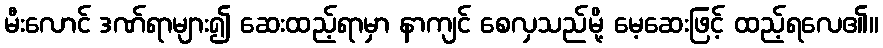
မီးလောင် ဒဏ်ရာများ၍ ဆေးထည့်ရာမှာ နာကျင် စေလှသည်မို့ မေ့ဆေးဖြင့် ထည့်ရလေ၏။